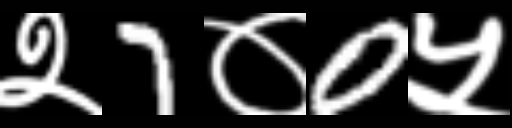
Text: २7०0५